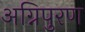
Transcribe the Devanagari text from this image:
अग्निपुरण